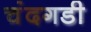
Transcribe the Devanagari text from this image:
चंंदगडी